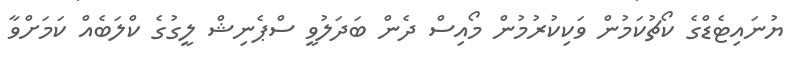
ޔުނައިޓެޑްގެ ކޯޗުކަމުން ވަކިކުރުމުން މޯއިސް ދެން ބަދަލުވީ ސްޕެނިޝް ލީގުގެ ކްލަބެއް ކަމަށްވާ